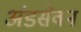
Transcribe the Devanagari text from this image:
अंडसेवन